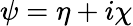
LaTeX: \psi=\eta+i\chi